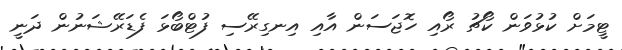
ޓީމަށް ކުޅުވަން ކޯޗު ރޯއި ހޮޖަސަން އާއި އިނގިރޭސި ފުޓްބޯޅަ ފެޑަރޭޝަނުން ދަނީ